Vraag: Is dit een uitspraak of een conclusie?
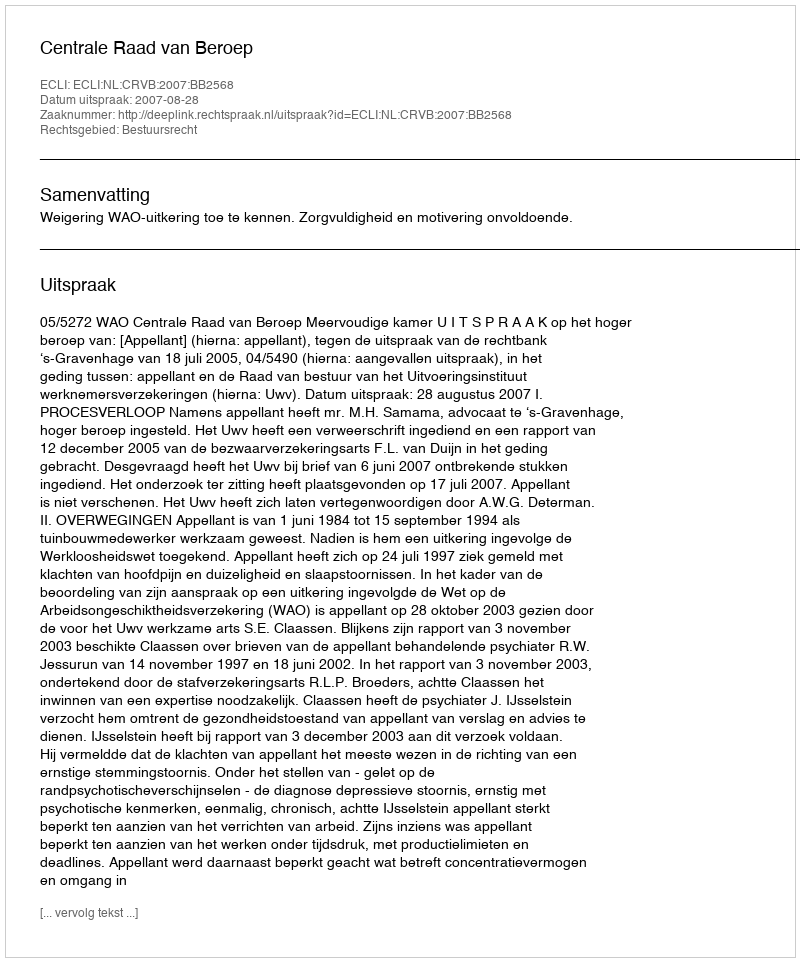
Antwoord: Uitspraak